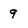
Character: 9